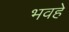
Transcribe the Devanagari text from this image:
भवहे